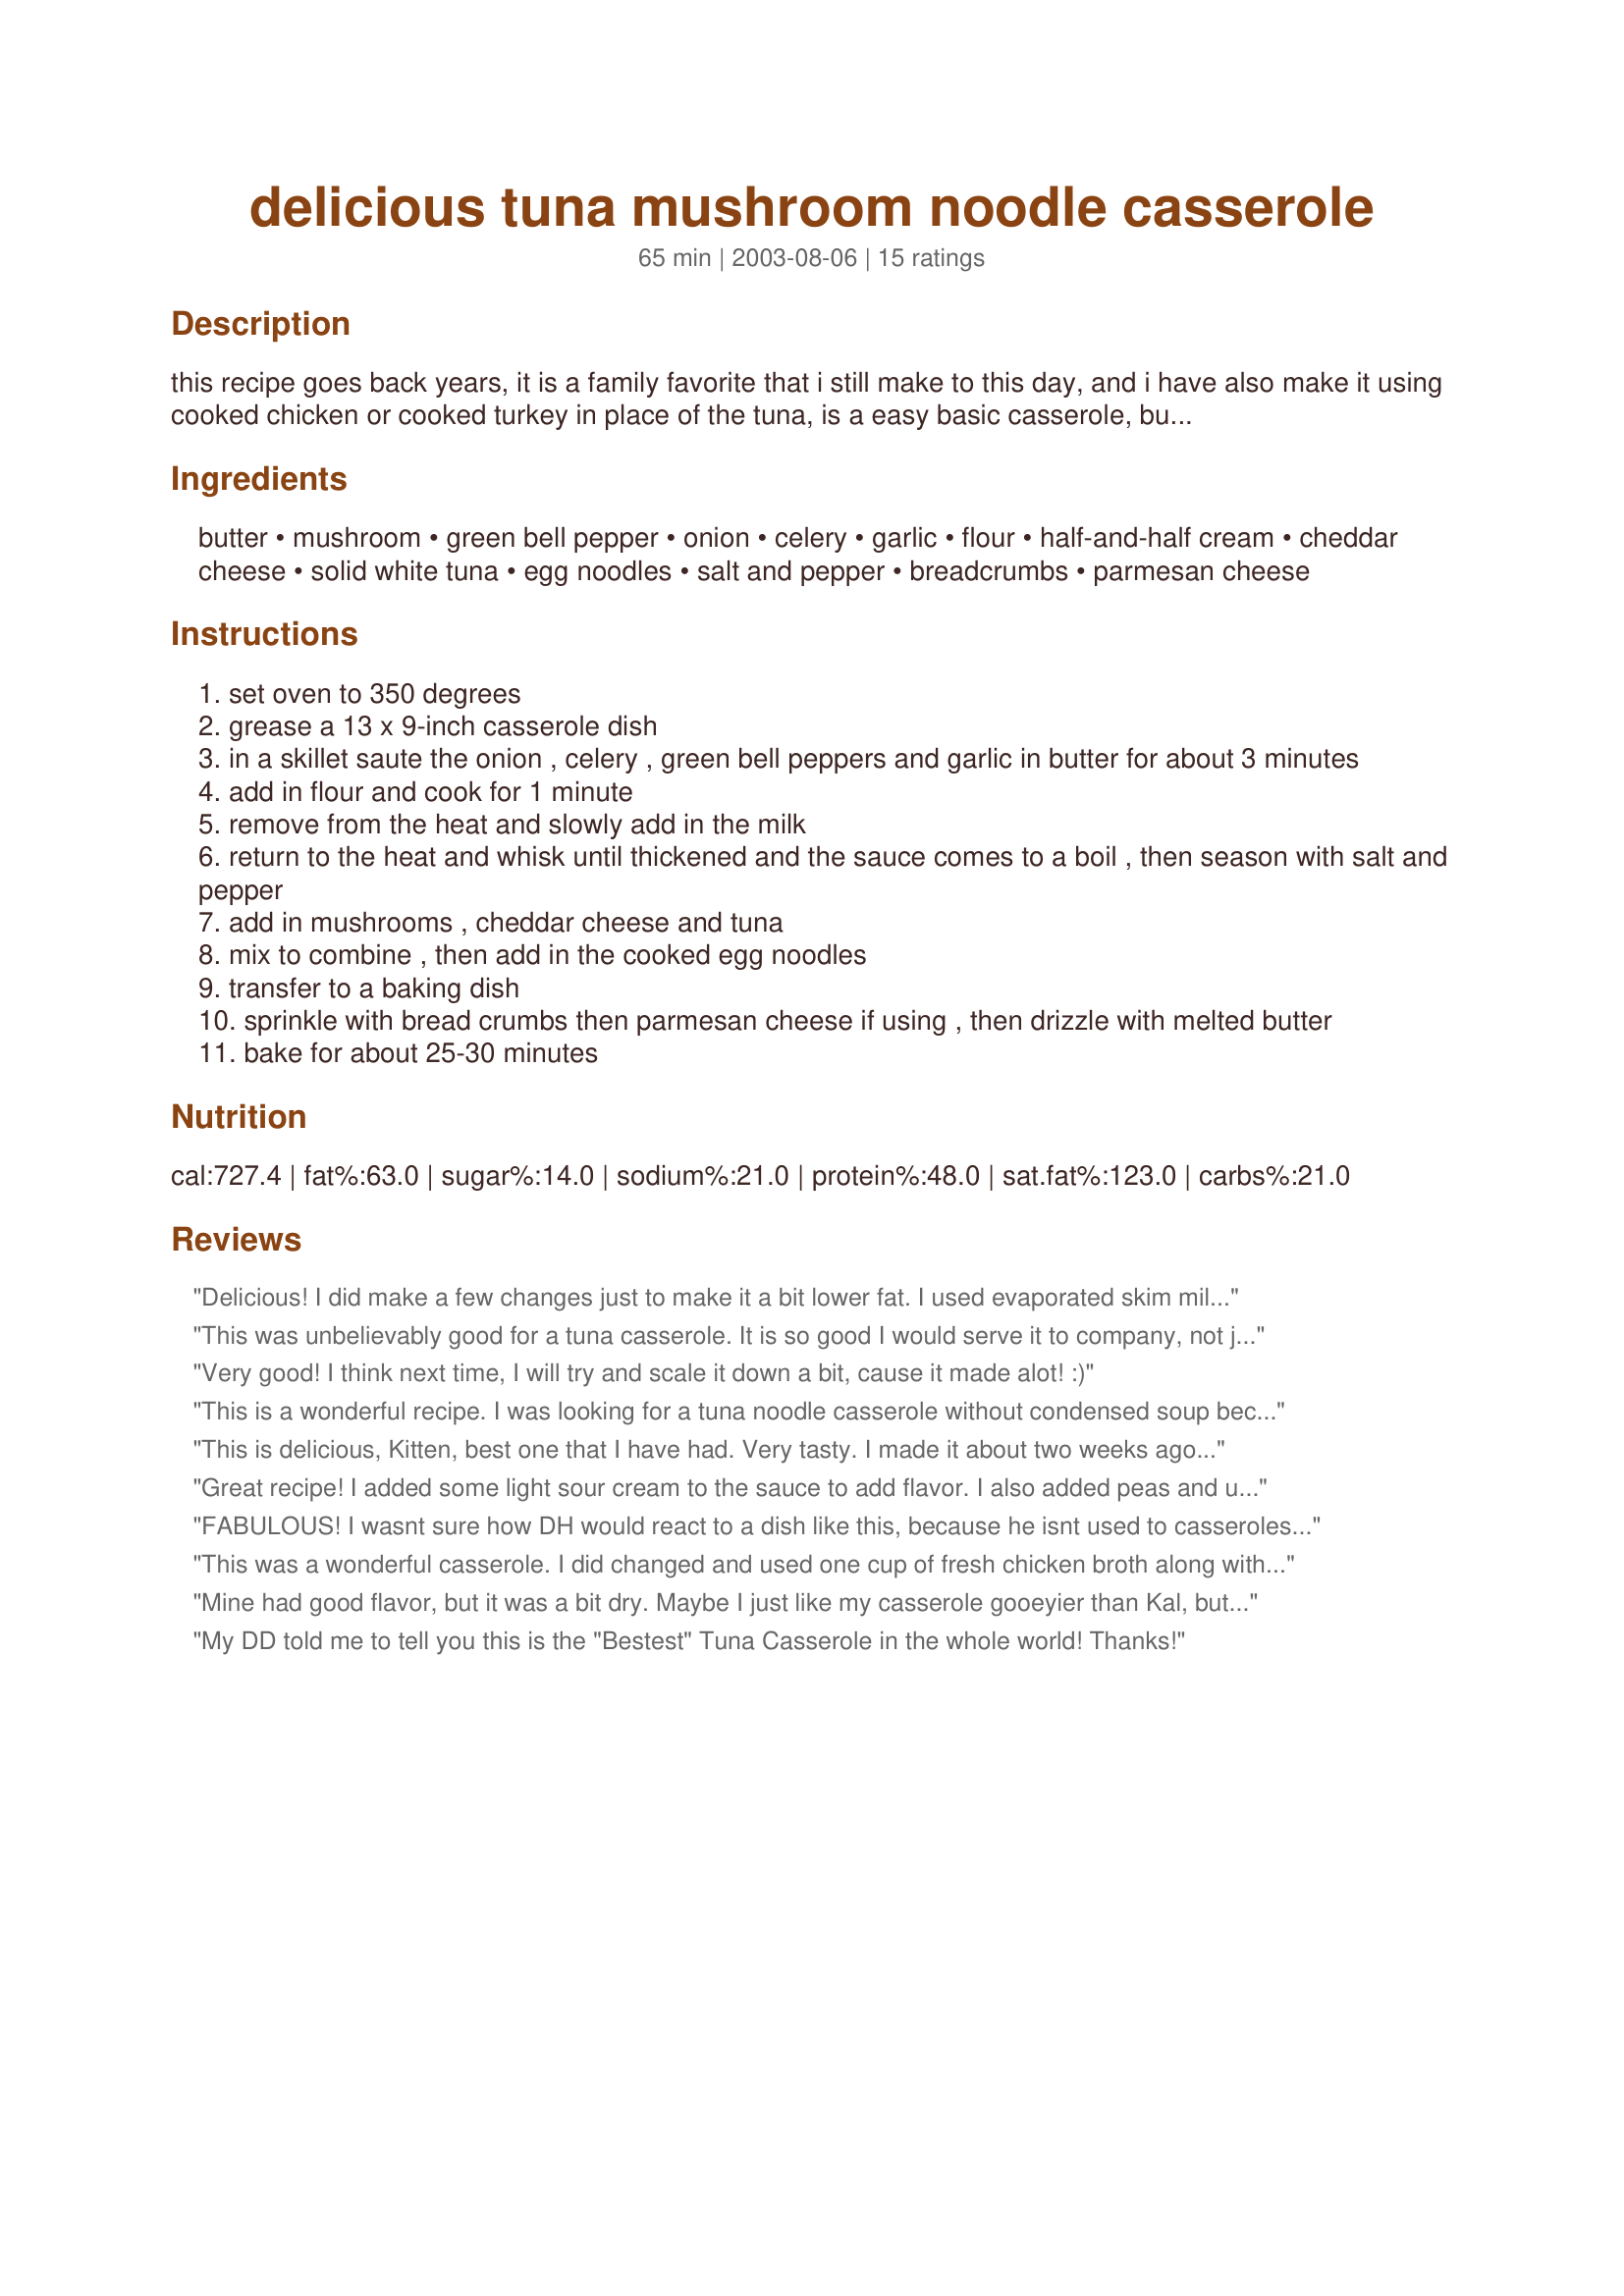
delicious tuna mushroom noodle casserole
Preparation time: 65 minutes

this recipe goes back years, it is a family favorite that i still make to this day, and i have also make it using cooked chicken or cooked turkey in place of the tuna, is a easy basic casserole, but it has tons of flavor!

Ingredients:
butter, mushroom, green bell pepper, onion, celery, garlic, flour, half-and-half cream, cheddar cheese, solid white tuna, egg noodles, salt and pepper, breadcrumbs, parmesan cheese

Steps:
set oven to 350 degrees
grease a 13 x 9-inch casserole dish
in a skillet saute the onion , celery , green bell peppers and garlic in butter for about 3 minutes
add in flour and cook for 1 minute
remove from the heat and slowly add in the milk
return to the heat and whisk until thickened and the sauce comes to a boil , then season with salt and pepper
add in mushrooms , cheddar cheese and tuna
mix to combine , then add in the cooked egg noodles
transfer to a baking dish
sprinkle with bread crumbs then parmesan cheese if using , then drizzle with melted butter
bake for about 25-30 minutes

Reviews:
Delicious! I did make a few changes just to make it a bit lower fat. I used evaporated skim milk and cooked the onion in a little olive oil rather than butter and didn't sprinkle butter over the top before baking. I just sprayed a little bit of cooking spray before baking. It was delicious and I love that it isn't made with canned soup....I don't usually like to use canned soup. Thanks for this go to recipe.....my son absolutely love it!
This was unbelievably good for a tuna casserole. It is so good I would serve it to company, not just an everyday meal. I also prepared Corn Bread with Corn Casserole (#4178) and it was amazing. Thanks so much!
Very good! I think next time, I will try and scale it down a bit, cause it made alot! :)
This is a wonderful recipe. I was looking for a tuna noodle casserole without condensed soup because it is hard to get here and is rather expensive when you do find it. This was delicious, creamy and very filling. The only thing I changed was using aged gouda instead of cheddar because they don't have it at the supermarket I usually go to. I am sure will have this again. Thanks for sharing! :)
This is delicious, Kitten, best one that I have had. Very tasty. I made it about two weeks ago and am going to make it again in two days. We loved it. This next time I am going to make two pans out of this so I freeze one for later. There is only my hubby and I now. Thanks for all your great recipes. I have tried others and all are good.
Great recipe! I added some light sour cream to the sauce to add flavor. I also added peas and used both red and green peppers. It was beautiful and my kids loved it. I love that it does not use canned soup. Thanks for the recipe!
FABULOUS! I wasnt sure how DH would react to a dish like this, because he isnt used to casseroles etc, but he loved it! The only thing I did differently was to add a touch of cayenne for some zing, and I didnt have any mushrooms so I used peas, but nothing that changed the recipe drastically... THe end results would stand the same :) Really delicious and simple meal! THanks Kit!
This was a wonderful casserole. I did changed and used one cup of fresh chicken broth along with 1 c of whipping cream in place of the half and half cream. I also added about 1/2 c frozen green peas as I needed to use up what I had on hand in the freezer. I only used 1 c of cheddar cheese as that was all I had on hand and I used Garlic and Herb breadcrumbs as this was what I had to use. I also added a dash or 2 of cayenne pepper for a extra zing to the flavor of the casserole. My husband and I really loved this casserole. Another delicious recipe from Kittencal!! Thanks for sharing the recipe :) It's a keeper!
Mine had good flavor, but it was a bit dry. Maybe I just like my casserole gooeyier than Kal, but next time I'm going to try adjusting the recipe so there's more cheese sauce. I like how this recipe doesn't use any condensed soup.
My DD told me to tell you this is the "Bestest" Tuna Casserole in the whole world! Thanks!
Once again a great meal from kittencal!! Didn't add the mushies as I didn't have any, and didn't add the capsicum, all the other stayed the same and was creamy and filling!! loved the topping. will be a regular at my house. thank you. Foodlover1
This recipe is excellent. I was afraid I lost the recipe, and looked on here but only found the ones with canned soup. I looked for it again, and found it, and I&#039;m rating it so I know in the future which one was so great!! I used 2 % milk and omitted peppers, everyone raves when I make it. I also leave out the melted butter on top.
By far my favorite tuna noodle casserole recipe! I used green onions and didn't have celery, but added two cloves of garlic. I used peas instead of mushrooms and only had 2% milk which worked great! I topped with a little more cheese and crushed seasoned croutons. I made a 12oz bag of egg noodles but added only about 8oz of them and it was perfectly creamy... loved it! My youngest child says she wants leftovers for breakfast:)
Prior to making this dish my dh told me he doesnt like TNC, but I served it anyways, when he was done he asked me to add it to my book of tried and true recipes. I was glad to find a recipe that doesnt call for canned soups. Quick and easy to prepare. I followed the recipe exactly. Thx, --TG
I really loved this. Kittencal, I read your introduction and decided to try a BBQ (store bought) chicken. It turned out fabulous and a fantastic family meal. Very easy to make and both my young daughters loved it. For Aussies/Kiwi's I used 300ml cream and, (just filled the carton back up and gave it a shake), 300ml milk plus an extra slurp of milk. Thanks for posting - this one goes into my keepers cookbook.
